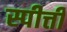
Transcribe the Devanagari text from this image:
स्पीत्ती